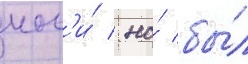
ног'и́ / но́ бы́л